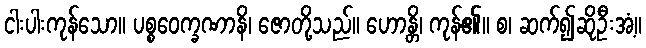
ငါးပါးကုန်သော။ ပစ္စဝေက္ခဏာနိ၊ ဇောတို့သည်။ ဟောန္တိ၊ ကုန်၏။ စ၊ ဆက်၍ဆိုဦးအံ့။